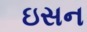
ઇસન